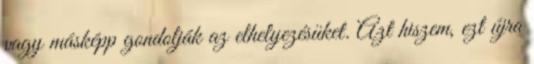
vagy másképp gondolják az elhelyezésüket. Azt hiszem, ezt újra